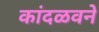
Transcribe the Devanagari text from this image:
कांदळवने